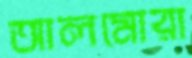
আলমোরা